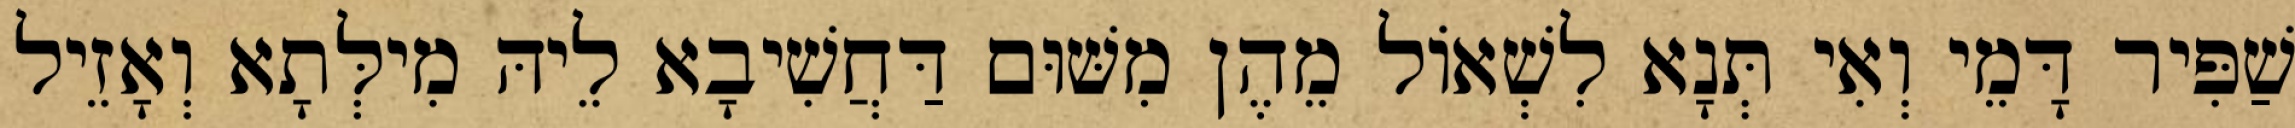
שַׁפִּיר דָּמֵי וְאִי תְּנָא לִשְׁאוֹל מֵהֶן מִשּׁוּם דַּחֲשִׁיבָא לֵיהּ מִילְּתָא וְאָזֵיל